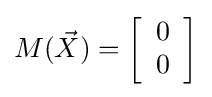
M({\vec {X}})=\left[{\begin{array}{*{20}c}0\\0\end{array}}\right]